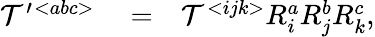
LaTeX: \begin{array}{rlr}{{\cal T}^{\prime}{}^{<abc>}}&{{}=}&{{\cal T}^{<ijk>}R_{i}^{a}R_{j}^{b}R_{k}^{c},}\end{array}